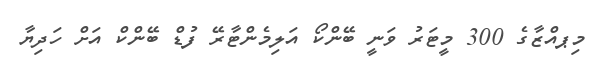
މިޕއްޒާގެ 300 މީޓަރު ވަނީ ބޭންކޯ އަލިމެންޓާރޭ ފުޑް ބޭންކް އަށް ހަދިޔާ